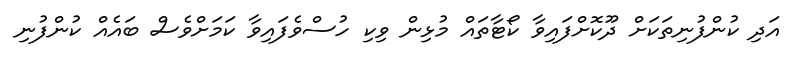
އަދި ކުންފުނިތަކަށް ދޫކޮށްފައިވާ ކޯޓާތައް މުޅިން ވިކި ހުސްވެފައިވާ ކަމަށްވެސް ބައެއް ކުންފުނި